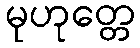
မုဟုတ္တေ